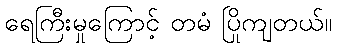
ရေကြီးမှုကြောင့် တမံ ပြိုကျတယ်။